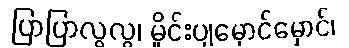
ပြာပြာလွလွ၊ မှိုင်းပျမှောင်မှောင်၊